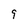
Character: 9